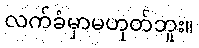
လက်ခံမှာမဟုတ်ဘူး။